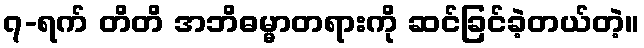
၇-ရက် တိတိ အဘိဓမ္မာတရားကို ဆင်ခြင်ခဲ့တယ်တဲ့။